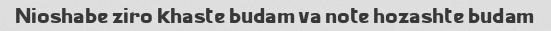
Nioshabe ziro khaste budam va note hozashte budam